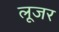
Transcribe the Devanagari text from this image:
लूजर